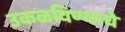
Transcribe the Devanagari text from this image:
उकळविण्याचे